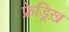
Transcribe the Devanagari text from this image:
फ्रेड्रिख़